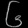
Digit: ၆